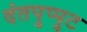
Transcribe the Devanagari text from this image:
दंतपुप्पुट